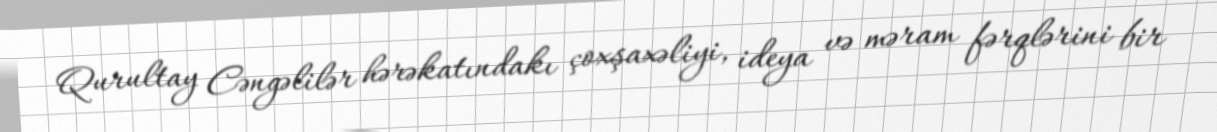
Qurultay Cəngəlilər hərəkatındakı çoxşaxəliyi, ideya və məram fərqlərini bir